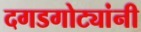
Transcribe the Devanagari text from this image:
दगडगोट्यांनी